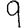
Digit: 9